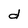
Character: d